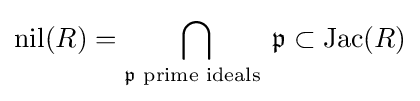
\operatorname {nil} (R)=\bigcap _{{\mathfrak {p}}{\text{ prime ideals }}}{\mathfrak {p}}\subset \operatorname {Jac} (R)